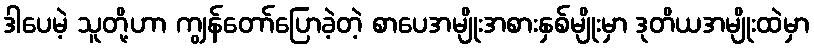
ဒါပေမဲ့ သူတို့ဟာ ကျွန်တော်ပြောခဲ့တဲ့ စာပေအမျိုးအစားနှစ်မျိုးမှာ ဒုတိယအမျိုးထဲမှာ